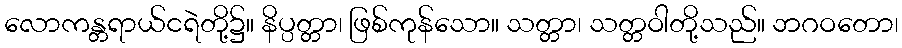
လောကန္တရာယ်ငရဲတို့၌။ နိပ္ပတ္တာ၊ ဖြစ်ကုန်သော။ သတ္တာ၊ သတ္တဝါတို့သည်။ ဘဂဝတော၊